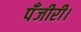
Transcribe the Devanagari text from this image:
पँजीरी।